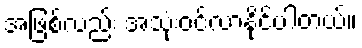
အဖြစ်လည်း အသုံးဝင်လာနိုင်ပါတယ်။